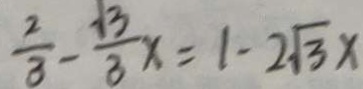
\frac { 2 } { 3 } - \frac { 1 3 } { 3 } x = 1 - 2 \sqrt { 3 } x